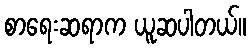
စာရေးဆရာက ယူဆပါတယ်။